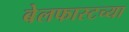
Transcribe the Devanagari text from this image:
बेलफास्टच्या